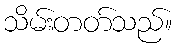
သိမ်းတတ်သည်။